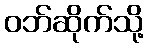
ဝဘ်ဆိုက်သို့